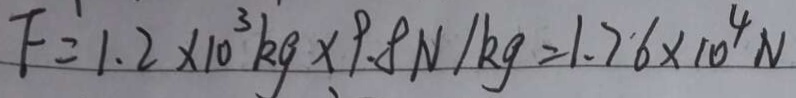
F = 1 . 2 \times 1 0 ^ { 3 } k g \times 9 . 8 N / k g = 1 . 7 6 \times 1 0 ^ { 4 } N